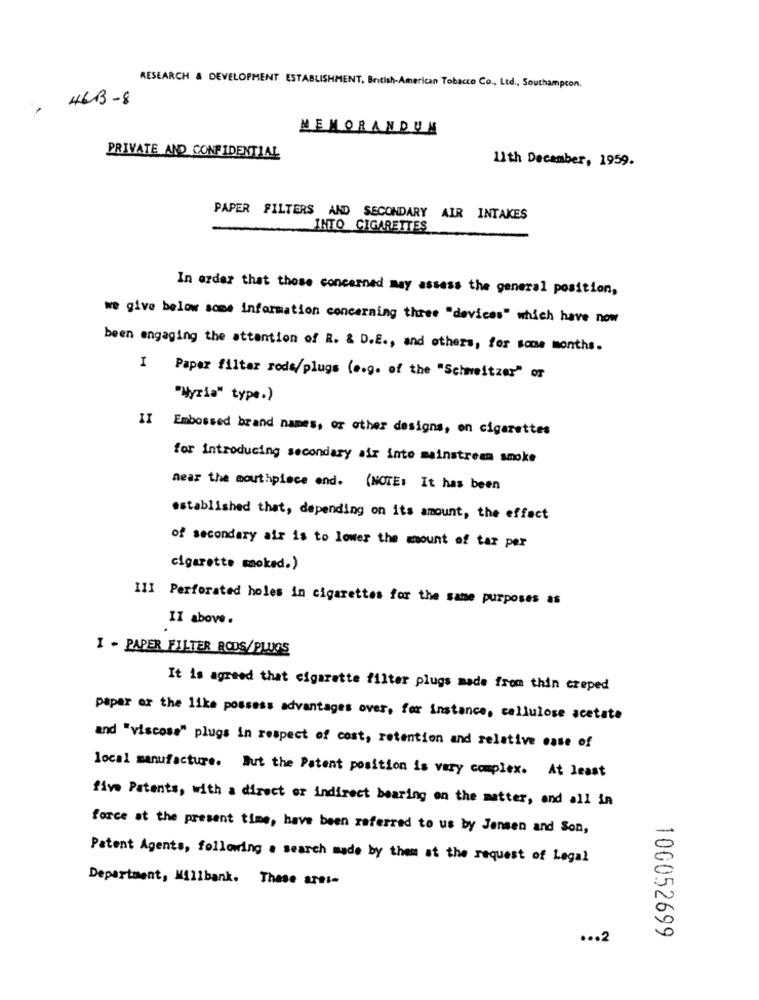
RESEARCH & DEVELOPMENT ESTABLISHMENT, British-American Tobacco Co ., Ltd ., Southampton.
- H6B - 8
MEMORANDUM
PRIVATE AND CONFIDENTIAL
11th December, 1959.
PAPER FILTERS AND SECONDARY AIR INTAKES
INTO CIGARETTES
In order that those concerned may assess the general position,
we give below some information concerning three "devices" which have now
been engaging the attention of R. & D.E ., and others, for some months.
I Paper filter rode/plugs (e.g. of the "Schweitzer" or
"Wyria" type.)
II Embossed brand names, or other designs, on cigarettes
for introducing secondary air into mainstream smoke
near the mouthpiece end. (NOTE: It has been
established that, depending on its amount, the effect
of secondary air is to lower the amount of tar per
cigarette smoked.)
III Perforated holes in cigarettes for the same purposes as
II above .
I - PAPER FILTER RODS/PLUGS
It is agreed that cigarette filter plugs made from thin creped
paper or the like possess advantages over, for instance, cellulose acetate
and "viscose" plugs in respect of cost, retention and relative ease of
local manufacture. But the Patent position is very complex. At least
five Patents, with a direct or indirect bearing on the matter, and all in
force at the present time, have been referred to us by Jensen and Son,
Patent Agents, following . search made by them at the request of Legal
Department, Millbank. These ares-
... 2
100052699